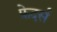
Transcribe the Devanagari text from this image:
फ़ेदर्स